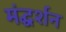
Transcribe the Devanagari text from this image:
मंद्घर्शन